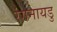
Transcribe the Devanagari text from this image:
रंगनायडु